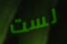
لست